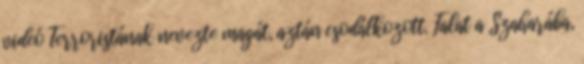
videó Terroristának nevezte magát, aztán csodálkozott. Falat a Szaharába,